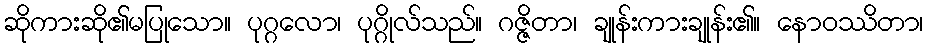
ဆိုကားဆို၏မပြုသော။ ပုဂ္ဂလော၊ ပုဂ္ဂိုလ်သည်။ ဂဇ္ဇိတာ၊ ချုန်းကားချုန်း၏။ နောဝဿိတာ၊